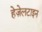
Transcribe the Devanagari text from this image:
हेज़ेलटाइन